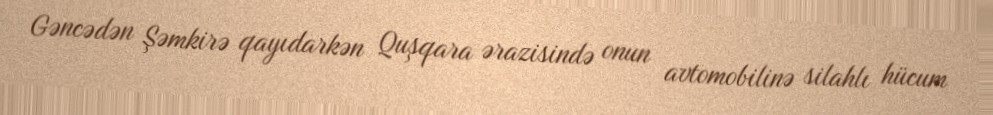
Gəncədən Şəmkirə qayıdarkən Quşqara ərazisində onun avtomobilinə silahlı hücum